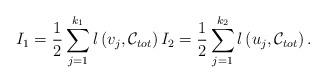
LaTeX: \begin{align*}I_1 = \frac{1}{2} \sum_{j =1}^{k_1} l\left(v_j,{\cal C}_{tot}\right) I_2 = \frac{1}{2} \sum_{j=1}^{k_2} l\left(u_j,{\cal C}_{tot}\right).\end{align*}